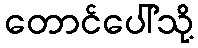
တောင်ပေါ်သို့